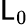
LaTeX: \mathsf{L}_{0}